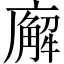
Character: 廨